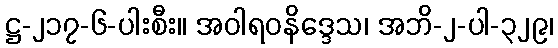
ဋ္ဌ-၂၁၇-၆-ပါးစီး။ အဝါရဝနိဒ္ဒေသ၊ အဘိ-၂-ပါ-၃၂၉၊